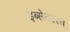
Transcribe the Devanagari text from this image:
इब्सेनवरचे